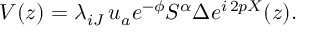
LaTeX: V ( z ) = \lambda _ { i J } \, u _ { a } e ^ { - \phi } { S ^ { \alpha } } \Delta e ^ { i \, 2 p X } ( z ) .